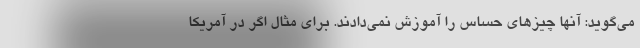
می‌گوید: آنها چیزهای حساس را آموزش نمی‌دادند. برای مثال اگر در آمریکا